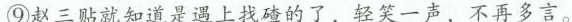
⑨赵三贴就知道是遇上找的了，轻笑一声，不再多言。